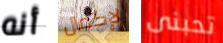
أنه لإكمال تحبنى